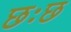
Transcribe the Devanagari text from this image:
छःछ